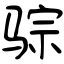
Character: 骔